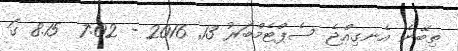
ތިބޭނެ އެނގިއްޖެ ސެޕްޓެމްބަރު 13